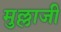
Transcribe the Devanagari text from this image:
मुल्लाजी